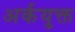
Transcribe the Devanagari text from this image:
अर्कयुक्त